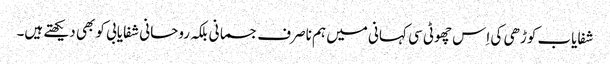
شفایاب کوڑھی کی اِس چھوٹی سی کہانی میں ہم ناصرف جسمانی بلکہ روحانی شفایابی کو بھی دیکھتے ہیں۔